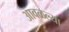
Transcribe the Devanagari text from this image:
आवळल्या